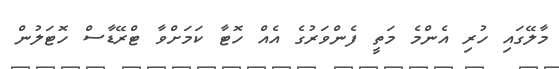
މާލޭގައި ހުރި އެންމެ މަތީ ފެންވަރުގެ އެއް ހޮޓާ ކަމަށްވާ ޓްރޭޑާސް ހޮޓަލުން